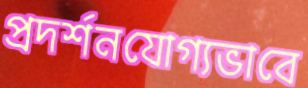
প্রদর্শনযোগ্যভাবে